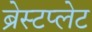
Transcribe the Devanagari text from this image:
ब्रेस्टप्लेट